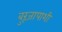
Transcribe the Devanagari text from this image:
बुरूजापाशी